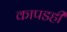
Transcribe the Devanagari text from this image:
कापडही